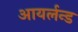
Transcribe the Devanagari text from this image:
आयर्लन्ड